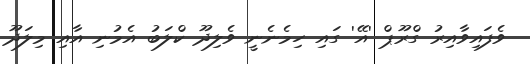
ވެފައިވާއިރު ގްރޫޕް 'އޭ' ގައި ހިމެނެނީ ވެލިދޫ ކްލަބު އެމުނި އާއި މިލަދޫ